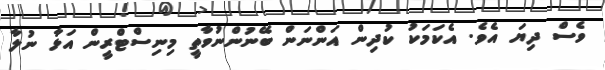
ވެސް ދިޔަ އެވެ. އެކަމަކު ކުދިން އަންނަން ބޭނުންނުވާތީ މިނިސްޓްރީން އަޅާ ނުލާ